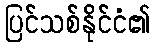
ပြင်သစ်နိုင်ငံ၏